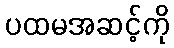
ပထမအဆင့်ကို